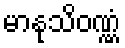
မာနုသိဝဏ္ဏံ